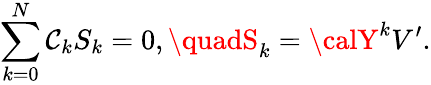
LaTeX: \sum_{k=0}^{N}\mathcal{C}_{k}S_{k}=0,\quadS_{k}={\calY}^{k}V^{\prime}.